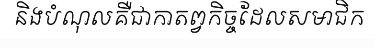
និងបំណុលគឺជាកាតព្វកិច្ចដែលសមាជិក